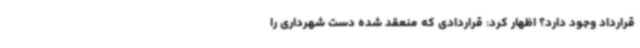
قرارداد وجود دارد؟ اظهار کرد: قراردادی که منعقد شده دست شهرداری را